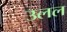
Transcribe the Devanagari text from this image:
उलल